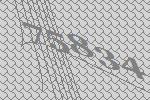
75834